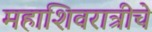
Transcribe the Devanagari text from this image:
महाशिवरात्रीचे